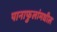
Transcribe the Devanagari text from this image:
पानाफुलांमधील